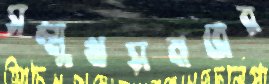
সম্মুখসমরের